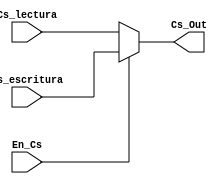
`timescale 1ns / 1ps
//////////////////////////////////////////////////////////////////////////////////
// Company: 
// Engineer: 
// 
// Design Name: 
// Module Name: Muxi_Cs
// Project Name: 
// Target Devices: 
// Tool Versions: 
// Description: 
// 
// Dependencies: 
// 
// Revision:
// Revision 0.01 - File Created
// Additional Comments:
// 
//////////////////////////////////////////////////////////////////////////////////


module Muxi_Cs(
    Cs_escritura,
    Cs_lectura,
    En_Cs,
    Cs_Out
    
    );
 parameter largo =8;
 input Cs_lectura;
 input Cs_escritura;
 output Cs_Out;
 input En_Cs;
 
assign Cs_Out = En_Cs ? Cs_escritura: Cs_lectura;
                        
endmodule